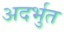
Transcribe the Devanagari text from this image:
अदर्भुत